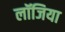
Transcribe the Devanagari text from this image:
लॉजिया